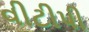
વીટીપી